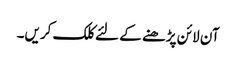
آن لائن پڑھنے کے لئے کلک کریں۔